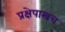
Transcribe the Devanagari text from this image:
प्रक्षेपास्त्रच